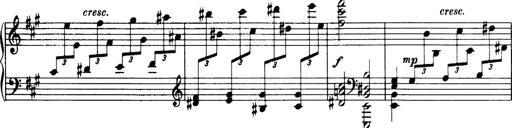
Title: 3 Sonatinas, Op.67
Composer: Jean Sibelius